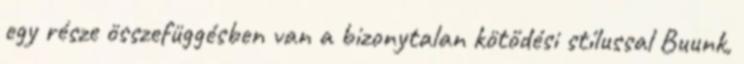
egy része összefüggésben van a bizonytalan kötődési stílussal Buunk,